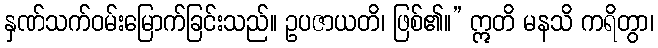
နှဏ်သက်ဝမ်းမြောက်ခြင်းသည်။ ဥပဇာယတိ၊ ဖြစ်၏။” ဣတိ မနသိ ကရိတွာ၊